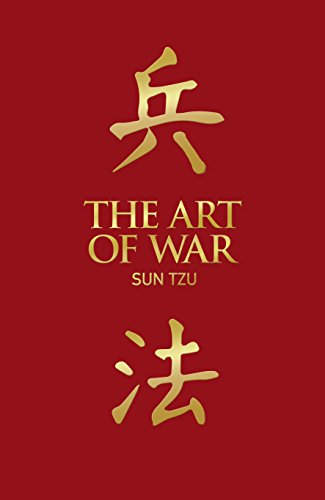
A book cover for The Art of War; Sun Tsu; History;